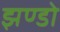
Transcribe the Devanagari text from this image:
झण्डो